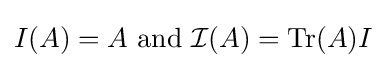
I(A)=A{\text{ and }}{\mathcal {I}}(A)=\mathrm {Tr} (A)I